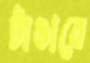
টাঙাবে